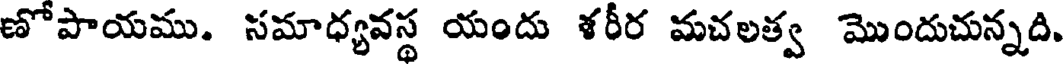
ణోపాయము. సమాధ్యవస్థ యందు ళరీర మచలత్వ మొందుచున్నది.